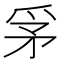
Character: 𤔃